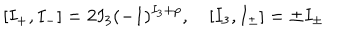
[ I _ { + } , I _ { - } ] = 2 I _ { 3 } ( - 1 ) ^ { I _ { 3 } + p } , \quad [ I _ { 3 } , I _ { \pm } ] = \pm I _ { \pm }